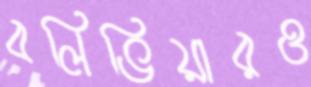
বলিভিয়ারও